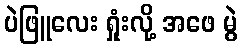
ပဲဖြူလေး ရှုံးလို့ အဖေ မွဲ